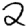
Digit: 2